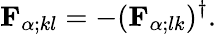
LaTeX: {\mathbf{F}}_{\alpha;kl}=-({\mathbf{F}}_{\alpha;lk})^{\dagger}.